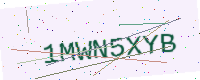
Text: 1MWN5XYB